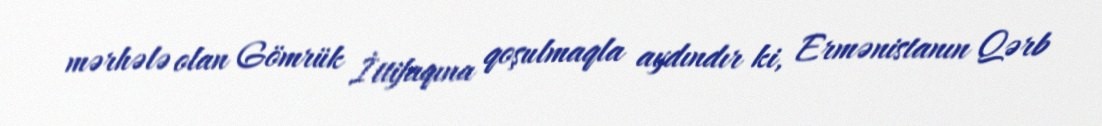
mərhələ olan Gömrük İttifaqına qoşulmaqla aydındır ki, Ermənistanın Qərb